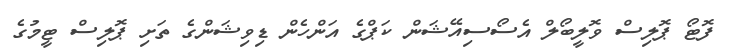
ފޮޓޯ ޕޮލިސް ވޮލީބޯލް އެސޯސިއޭޝަން ކަޕްގެ އަންހެން ޑިވިޝަންގެ ތަށި ޕޮލިސް ޓީމުގެ